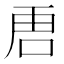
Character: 𭇢